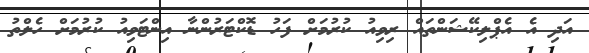
އަދި އެ އެޕްލިކޭޝަންތައް ރިވިއު ކުރުމަށް ފަހު ޑޮކްޓަރުންނާ އިންޓަވިއު ކުރުމަށް ހެލްތު